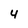
Character: 4